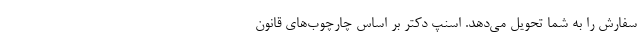
سفارش را به شما تحویل می‌دهد. اسنپ‌ دکتر بر اساس چارچوب‌های قانون